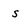
Character: s